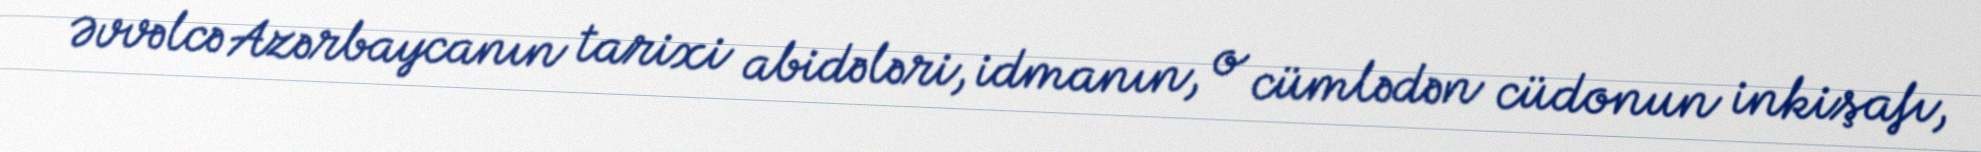
Əvvəlcə Azərbaycanın tarixi abidələri, idmanın, o cümlədən cüdonun inkişafı,